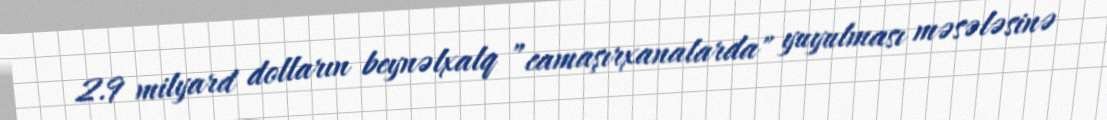
2.9 milyard dolların beynəlxalq ”camaşırxanalarda" yuyulması məsələsinə